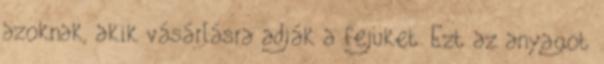
azoknak, akik vásárlásra adják a fejüket. Ezt az anyagot